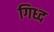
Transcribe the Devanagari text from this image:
गिध्द